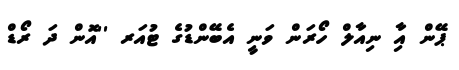
ޕޭން އާި ނިއާލް ހޯރަން ވަނީ އެބޭންޑުގެ ޓުއަރ ''އޮން ދަ ރޯޑް